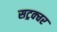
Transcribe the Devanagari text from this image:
सट्रक्चर